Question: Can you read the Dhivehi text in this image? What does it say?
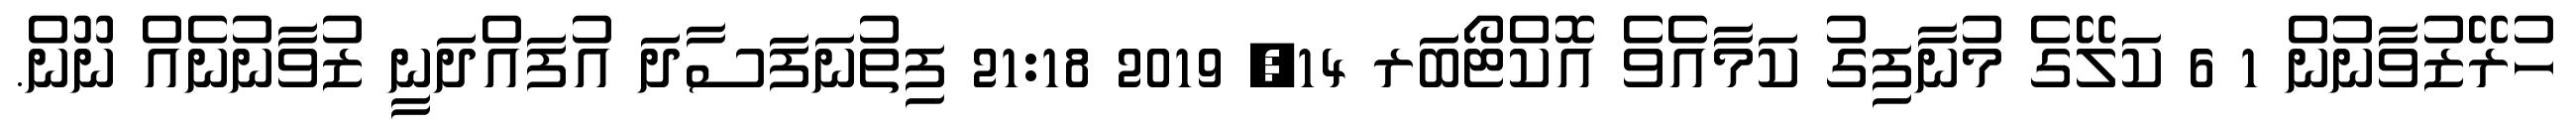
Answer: ހުރޭޒުވާނުން 1 6 ކަލޭގެ މުނާފިގު ކަމާއެވެ އޮކްޓޯބަރ 14, 2019 21:18 ފިތުނަފަސާދަ އުފައްދަނީ ޒުވާނުނެއް ނޫން.